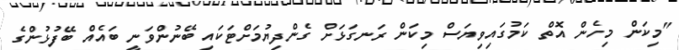
"މިކަން މިހެން އޮތް ކަމުގައިވިޔަސް މިކަން ރަނގަޅަށް ގެންދިޔުމަށްޓަކައި ބޭނުންވަނީ ބައެއް ބޭފުޅުންގެ